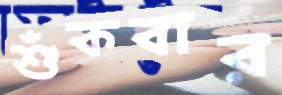
শুঁকবার